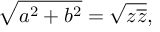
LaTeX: { \sqrt { a ^ { 2 } + b ^ { 2 } } } = { \sqrt { z { \overline { { z } } } } } ,